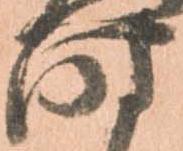
時